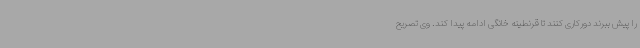
را پیش ببرند دورکاری کنند تا قرنطینه خانگی ادامه پیدا کند. وی تصریح